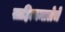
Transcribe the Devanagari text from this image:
साहित्यमालेचे